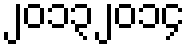
၂၀၁၃၂၀၁၄